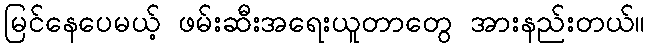
မြင်နေပေမယ့် ဖမ်းဆီးအရေးယူတာတွေ အားနည်းတယ်။